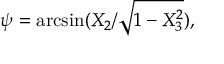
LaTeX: \psi = \arcsin ( X _ { 2 } / { \sqrt { 1 - X _ { 3 } ^ { 2 } } } ) ,